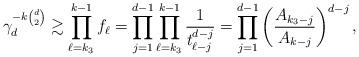
LaTeX: \begin{align*}\gamma_d^{-k\binom d2} \gtrsim \prod_{\ell = k_3}^{k - 1} f_\ell = \prod_{j = 1}^{d - 1}\prod_{\ell = k_3}^{k - 1}\frac{1}{t_{\ell - j}^{d - j}} = \prod_{j = 1}^{d - 1}\left(\frac{A_{k_3 - j}}{A_{k - j}}\right)^{d - j},\end{align*}